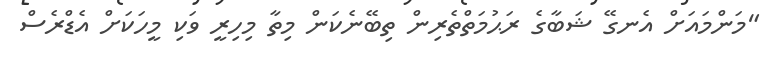
"މަންމައަށް އެނގޭ ޝަބާގެ ރަޙުމަތްތެރިން ތިބޭނެކަން މިތާ މިހިރީ ވަކި މީހަކަށް އެޑްރެސް